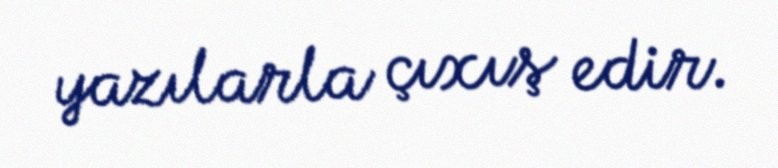
yazılarla çıxış edir.